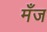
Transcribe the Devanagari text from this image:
मँज